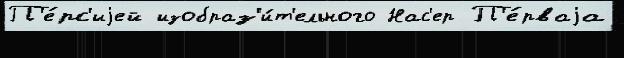
П'е́рс'иjей изобраз'и́т'ельного Нас'ер П'е́рваjа